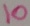
Text: 10